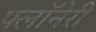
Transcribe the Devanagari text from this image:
फ्लॉनेरी